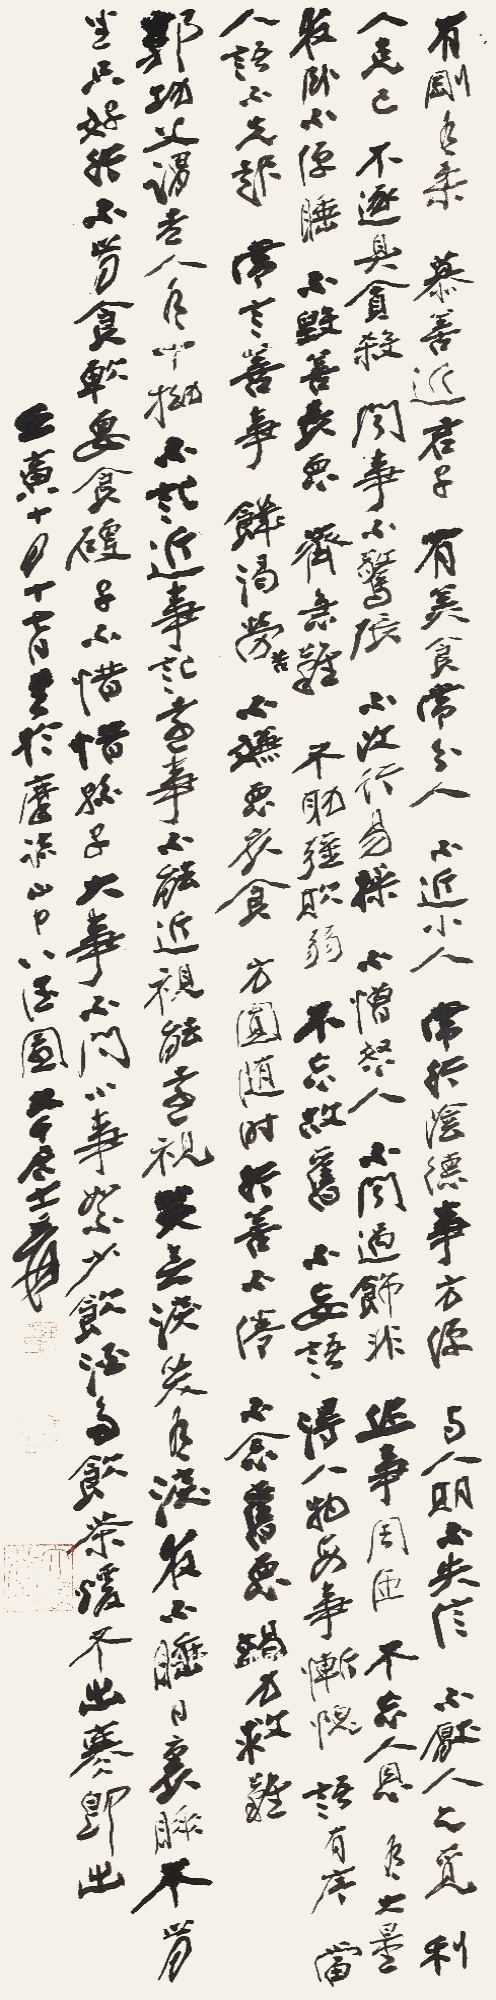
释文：有刚有柔。慕善近君子。有美食常分人。不近小人。常行阴德事方便。与人期不失信。不厌人之觅。利人克己。不逐臭贪杀。闻事不惊张。不改行易操。不憎怒人。不闻过饰非。作事周匝。不忘人恩。有大量。夜卧不便睡，不毁善长恶。齐急难。不助强欺弱。不忘故旧。不妄语，得人物每事惭愧。语有序。当人语不先起。常言善事。饥渴劳苦，不嫌恶衣食。方圆随时，行善不倦。不念旧恶。竭力救难。郭功父谓老人有十拗：不记近事记远事。不能近视能远视。哭无泪笑有泪。夜不睡日里睡。不肯坐只好行。不肯食软要食硬。子不惜惜孙子。大事不问小事絮。少饮酒多饮茶。暖不出寒即出。壬寅十月十七日书于摩诘山中八德园，大千居士爰。